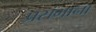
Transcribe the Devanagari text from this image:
प्रसंगाना